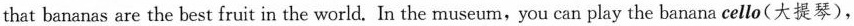
that bananas are the best fruit in the world. In the museum,you can play the banana cello(大提琴),